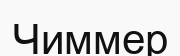
Чиммер